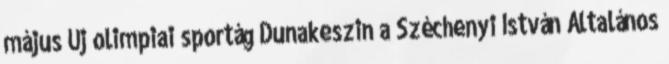
május Új olimpiai sportág Dunakeszin a Széchenyi István Általános